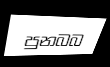
පුනබබ